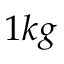
1 k g